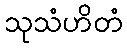
သုသံဟိတံ